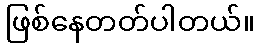
ဖြစ်နေတတ်ပါတယ်။